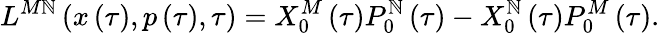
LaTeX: L^{M\mathbb{N}}\left(x\left(\tau\right),p\left(\tau\right),\tau\right)=X_{0}^{M}\left(\tau\right)P_{0}^{\mathbb{N}}\left(\tau\right)-X_{0}^{\mathbb{N}}\left(\tau\right)P_{0}^{M}\left(\tau\right).